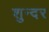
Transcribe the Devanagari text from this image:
शुन्दर